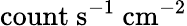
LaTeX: \mathrm{{count\ s^{-1}\ cm^{-2}}}